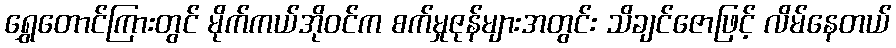
ရွှေတောင်ကြားတွင် မိုက်ကယ်အိုဝင်က စက်မှုဇုန်များအတွင်း သိချင်ဇောဖြင့် လိမ်နေတယ်